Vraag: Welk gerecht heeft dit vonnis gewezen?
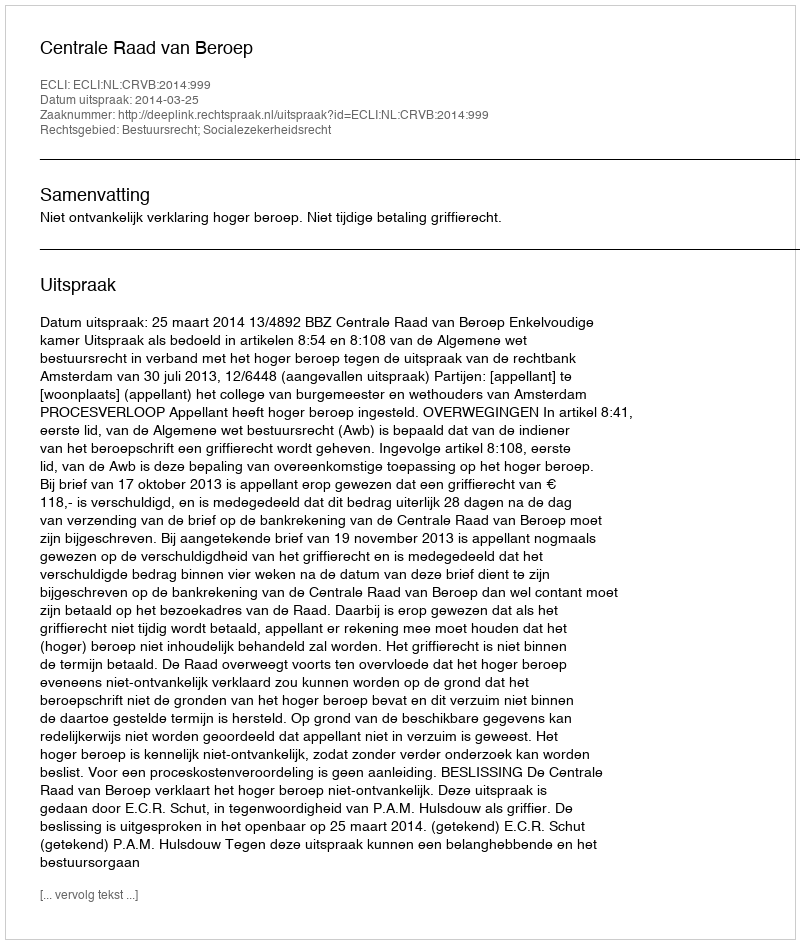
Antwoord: Centrale Raad van Beroep